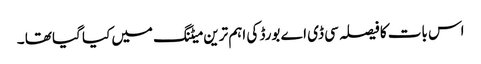
اس بات کا فیصلہ سی ڈی اے بورڈ کی اہم ترین میٹنگ میں کیا گیا تھا ۔